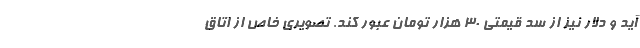
آید و دلار نیز از سد قیمتی 30 هزار تومان عبور کند. تصویری خاص از اتاق